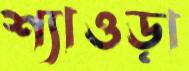
শ্যাওড়া